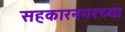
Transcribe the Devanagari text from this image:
सहकारनगरच्या